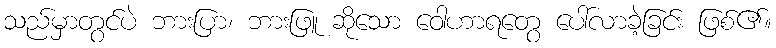
သည်မှာတွင်ပဲ ဘားပြာ၊ ဘားဖြူ ဆိုသော ဝေါဟာရတွေ ပေါ်လာခဲ့ခြင်း ဖြစ်၏။